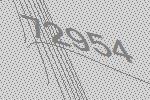
72954